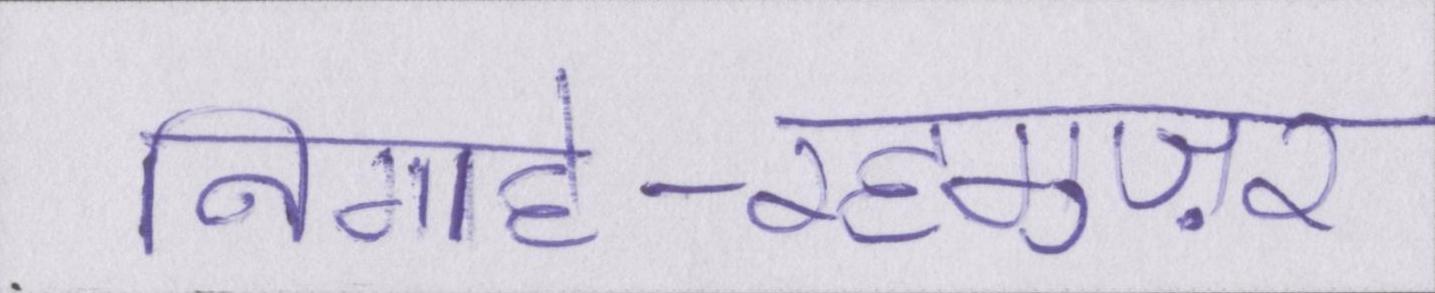
निगाहे-रहगुज़र